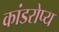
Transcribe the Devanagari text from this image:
कांडरोप्य